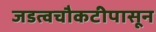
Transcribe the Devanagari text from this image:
जडत्वचौकटीपासून